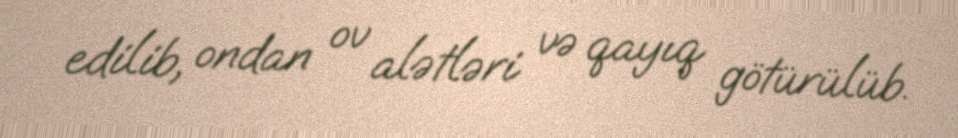
edilib, ondan ov alətləri və qayıq götürülüb.